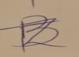
Signature authenticity: forged